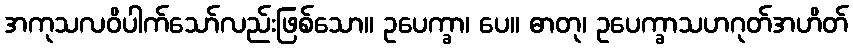
အကုသလဝိပါက်သော်လည်းဖြစ်သော။ ဥပေက္ခာ၊ ပေ။ ဓာတု၊ ဥပေက္ခာသဟဂုတ်အဟိတ်